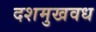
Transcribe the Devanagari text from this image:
दशमुखवध